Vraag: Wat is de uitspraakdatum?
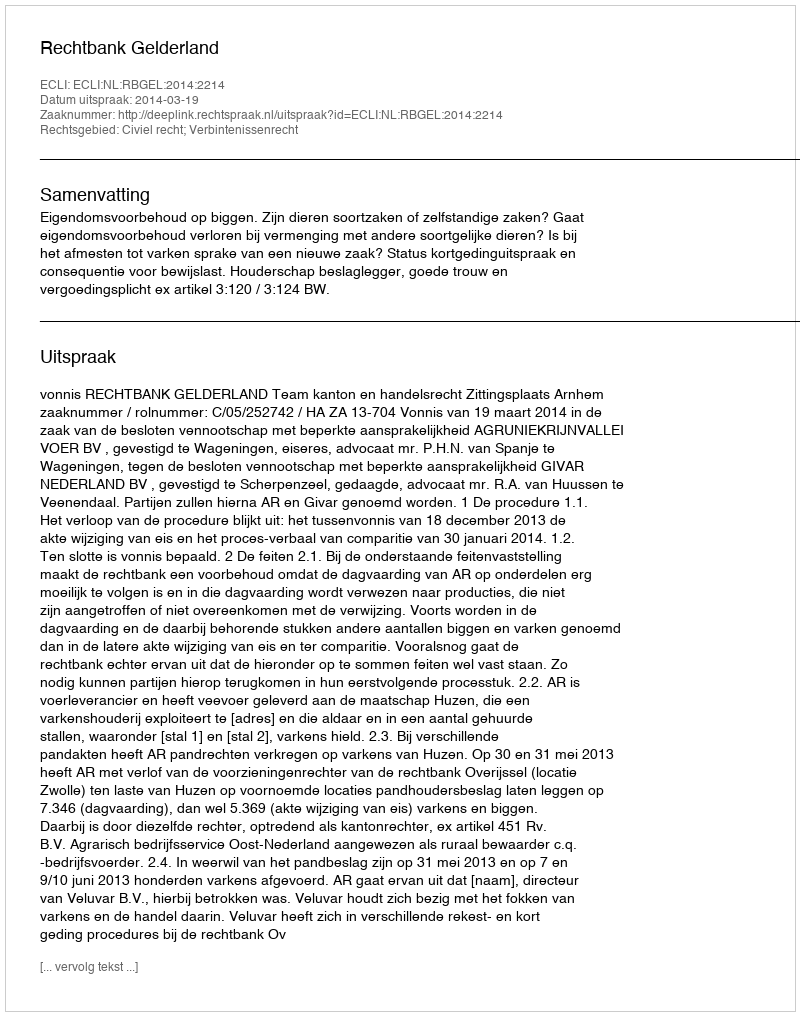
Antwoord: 2014-03-19